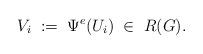
LaTeX: \begin{align*} V_i \;:=\; \Psi^e(U_i) \;\in\; R(G).\end{align*}